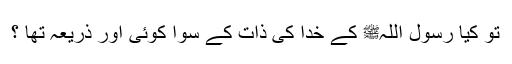
تو کیا رسول اللہﷺ کے خدا کی ذات کے سوا کوئی اور ذریعہ تھا ؟